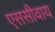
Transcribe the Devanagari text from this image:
एससीवाय